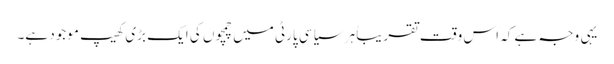
یہی وجہ ہے کہ اس وقت تقریباً ہر سیاسی پارٹی میں چمچوں کی ایک بڑی کھیپ موجود ہے۔